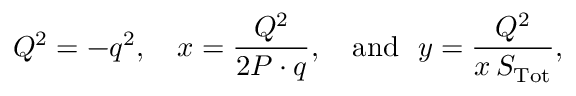
Q ^ { 2 } = - q ^ { 2 } , ~ ~ ~ x = \frac { Q ^ { 2 } } { 2 P \cdot q } , ~ ~ ~ \mathrm { a n d } ~ ~ y = \frac { Q ^ { 2 } } { x \, S _ { \mathrm { T o t } } } ,